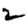
Digit: 2